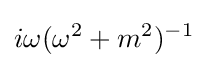
i\omega (\omega ^{2}+m^{2})^{-1}